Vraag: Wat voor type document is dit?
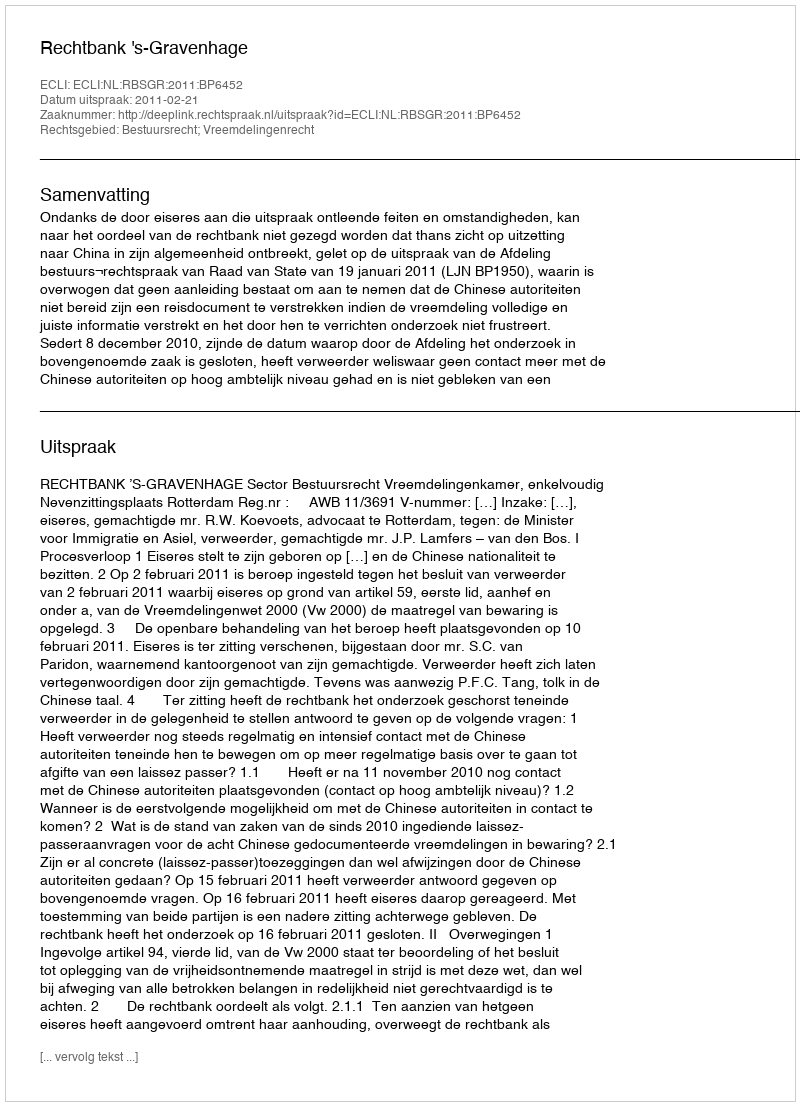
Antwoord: Uitspraak